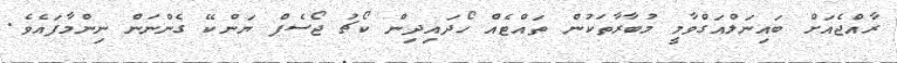
ރާއްޖެއަށް ބައިނަލްއަގްވާމީ މުބާރާތަކުން ތައްޓެއް ހޯދައިދިން ކޯޗު ޖޯސެފް ޔަންކޭ ގެންނަން ނިންމާފައެވެ.